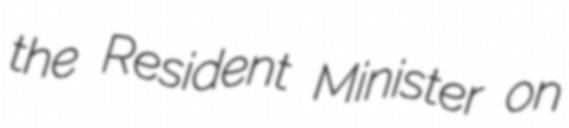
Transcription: the Resident Minister on